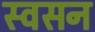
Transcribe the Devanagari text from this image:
स्वसन